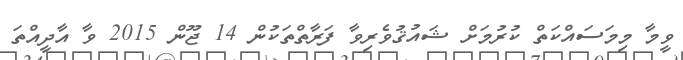
ވީމާ މިމަސައްކަތް ކުރުމަށް ޝައުޤުވެރިވާ ފަރާތްތަކުން 14 ޖޫން 2015 ވާ އާދީއްތަ